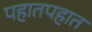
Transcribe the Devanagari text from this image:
पहातपहात